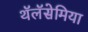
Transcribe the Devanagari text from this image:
थॅलॅसेमिया